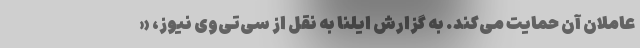
عاملان آن حمایت می‌کند. به گزارش ایلنا به نقل از سی‌تی‌وی نیوز، «